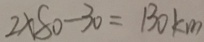
2 \times 8 0 - 3 0 = 1 3 0 k m